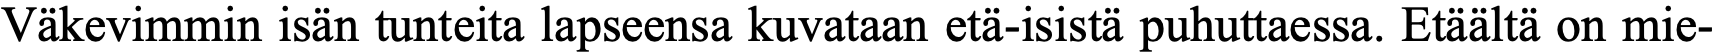
Väkevimmin isän tunteita lapseensa kuvataan etä-isistä puhuttaessa. Etäältä on mie-